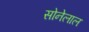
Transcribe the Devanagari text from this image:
सोनेलाल